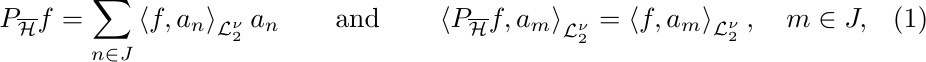
\begin{equation}
	P_{\overline{\mathcal{H}}}f=\sum_{n\in J}\left\langle f,a_{n}\right\rangle_{\mathcal{L}_2^\nu}
	a_{n}\qquad\text{and}\qquad\left\langle P_{\overline{\mathcal{H}}}%
	f,a_{m}\right\rangle_{\mathcal{L}_2^\nu} =\left\langle f,a_{m}\right\rangle_{\mathcal{L}_2^\nu} ,\quad m\in
	J,\label{QRef}%
\end{equation}